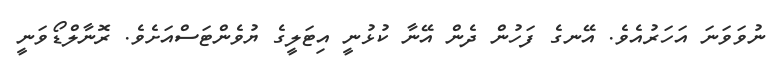
ނުވަވަނަ އަހަރުއެވެ. އޭނގެ ފަހުން ދެން އޭނާ ކުޅުނީ އިޓަލީގެ ޔުވެންޓަސްއަށެވެ. ރޮނާލްޑޯވަނީ